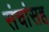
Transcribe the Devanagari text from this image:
संचांसह